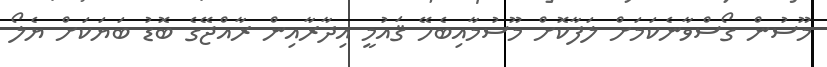
މޫސުން ގޯސްވާނެކަމަށް ލަފާކޮށް މޫސުމާއިބެހޭ ޤައުމީ އިދާރާއިން ރާއްޖޭގެ ބޮޑު ބަޔަކަށް ޔެލޯ